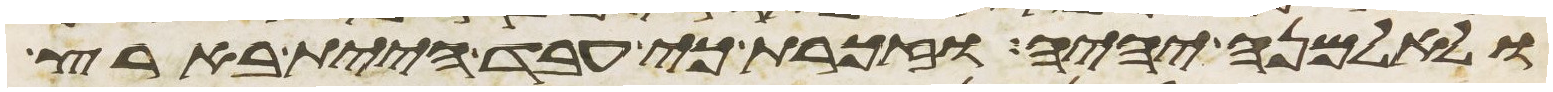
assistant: ולאלמנה יהיה וזכרת כי עבד היית בארץ